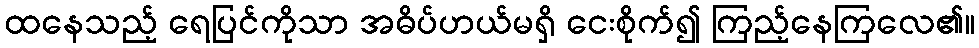
ထနေသည့် ရေပြင်ကိုသာ အဓိပ်ပာယ်မရှိ ငေးစိုက်၍ ကြည့်နေကြလေ၏။